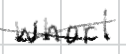
Text: whorl
Cross-out: cross
Writing tool: digital_black